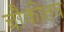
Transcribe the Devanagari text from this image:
चौकीतच